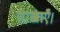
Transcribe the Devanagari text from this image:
शाखाएँ।